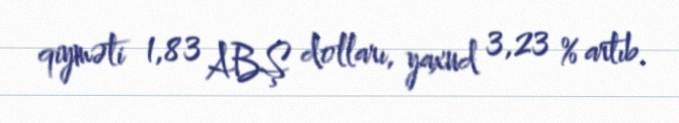
qiyməti 1,83 ABŞ dolları, yaxud 3,23 % artıb.